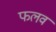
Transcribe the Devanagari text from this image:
फलव